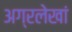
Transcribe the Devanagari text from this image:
अग्रलेखां